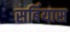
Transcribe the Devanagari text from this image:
सर्बियास